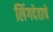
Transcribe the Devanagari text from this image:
लिंगदेहाचे